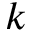
k